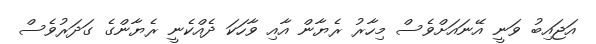
އަޖައިބު ވަނީ އޭނައަށްވެސް މިހާރު ރެޔާން އާއި ވާހަކަ ދެއްކެނީ ރެޔާންގެ ގަދަރުވެސް